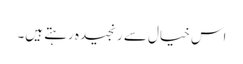
اس خیال سے رنجیدہ رہتے ہیں۔